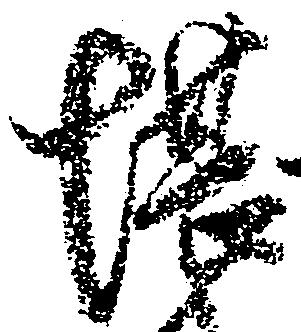
堪